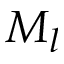
M _ { l }